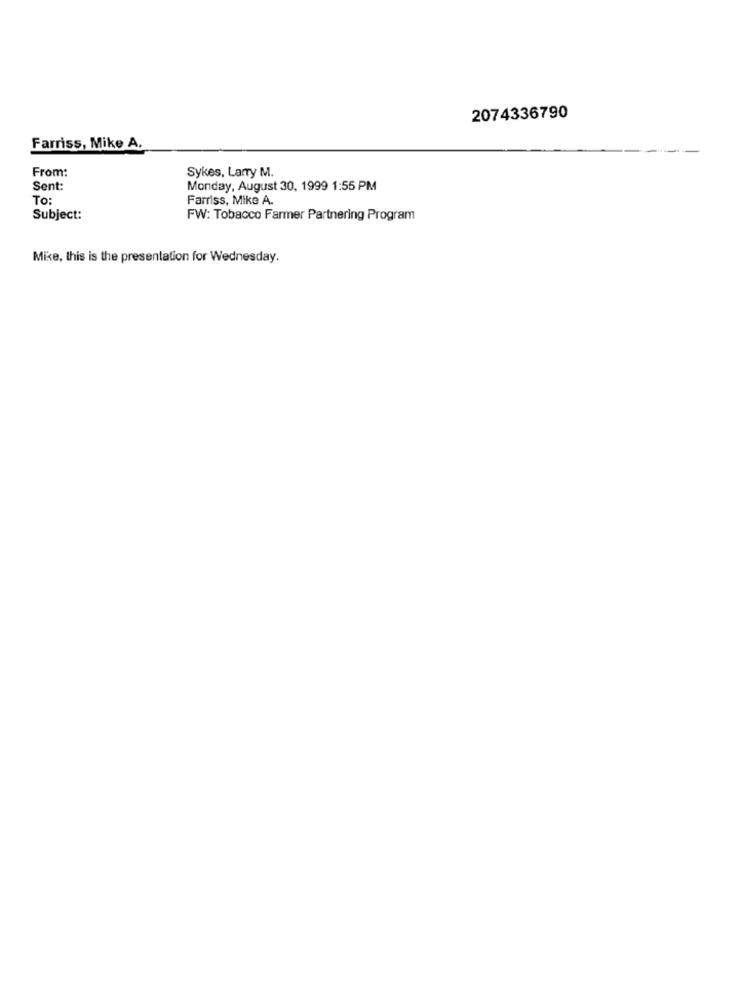
2074336790
Farriss, Mike A.
From:
Sykes, Larry M.
Sent:
Monday, August 30, 1999 1:55 PM
To:
Farriss, Mike A.
Subject:
FW: Tobacco Farmer Partnering Program
Mike, this is the presentation for Wednesday.